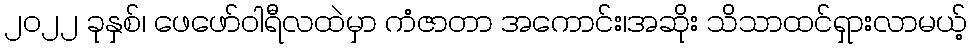
၂၀၂၂ ခုနှစ်၊ ဖေဖော်ဝါရီလထဲမှာ ကံဇာတာ အကောင်း၊အဆိုး သိသာထင်ရှားလာမယ့်